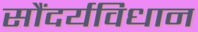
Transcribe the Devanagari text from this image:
सौंदर्यविधान